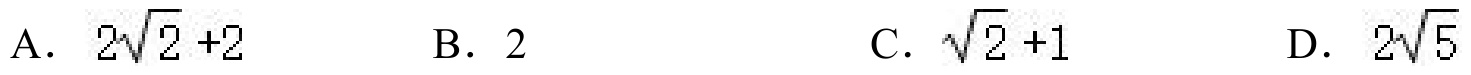
A. \(2\sqrt{2}+2\)  B. \(2\)  C. \(\sqrt{2}+1\)  D. \(2\sqrt{5}\)